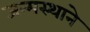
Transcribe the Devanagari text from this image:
जन्मस्थाने